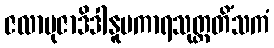
ဇလာဗုဇာဒိဒါနူပကာရသုတ္တတိံသကံ